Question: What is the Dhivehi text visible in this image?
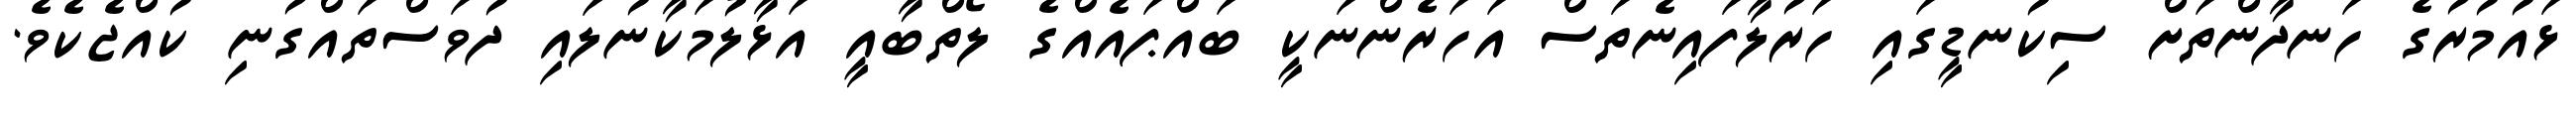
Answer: ޅައުމުރުގެ ހަނދާންތަށް ސިކުނޑީގައި ހަރުލާފައިނެތަސް އަހަރެންނަކީ ބައްޕައެއްގެ ލޯތްބާއީ އަޅާލުމަކާނުލައި ދުވަސްތައްގުނި ކުއްޖެކެވެ.